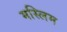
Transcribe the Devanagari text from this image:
मस्लिम